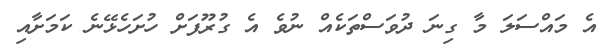
އެ މައްސަލަ މާ ގިނަ ދުވަސްތަކެއް ނުވެ އެ ގުރޫފަށް ހުށަހެޅޭނެ ކަމަށާއި